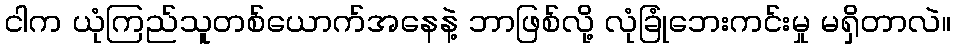
ငါက ယုံကြည်သူတစ်ယောက်အနေနဲ့ ဘာဖြစ်လို့ လုံခြုံဘေးကင်းမှု မရှိတာလဲ။